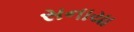
સનાયા